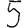
Digit: 5